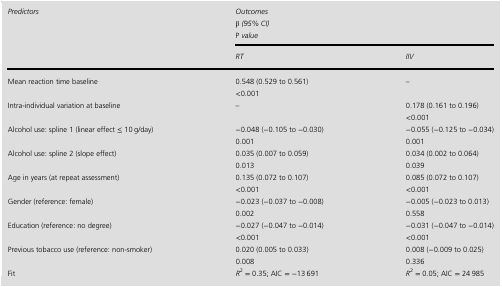
<table><thead><tr><td rowspan="2"><b>Predictors</b></td><td colspan="2"><b>Outcomes <i>β</i> (95% CI) <i>P</i> value</b></td></tr><tr><td><b>RT</b></td><td><b>IIV</b></td></tr></thead><tbody><tr><td>Mean reaction time baseline</td><td>0.548 (0.529 to 0.561) &lt;0.001</td><td>–</td></tr><tr><td>Intra-individual variation at baseline</td><td>–</td><td>0.178 (0.161 to 0.196) &lt;0.001</td></tr><tr><td>Alcohol use: spline 1 (linear effect ≤ 10 g/day)</td><td>−0.048 (−0.105 to −0.030) 0.001</td><td>−0.055 (−0.125 to −0.034) 0.001</td></tr><tr><td>Alcohol use: spline 2 (slope effect)</td><td>0.035 (0.007 to 0.059) 0.013</td><td>0.034 (0.002 to 0.064) 0.039</td></tr><tr><td>Age in years (at repeat assessment)</td><td>0.135 (0.072 to 0.107) &lt;0.001</td><td>0.085 (0.072 to 0.107) &lt;0.001</td></tr><tr><td>Gender (reference: female)</td><td>−0.023 (−0.037 to −0.008) 0.002</td><td>−0.005 (−0.023 to 0.013) 0.558</td></tr><tr><td>Education (reference: no degree)</td><td>−0.027 (−0.047 to −0.014) &lt;0.001</td><td>−0.031 (−0.047 to −0.014) &lt;0.001</td></tr><tr><td>Previous tobacco use (reference: non-smoker)</td><td>0.020 (0.005 to 0.033) 0.008</td><td>0.008 (−0.009 to 0.025) 0.336</td></tr><tr><td>Fit</td><td><i>R</i><sup>2</sup> = 0.35; AIC = −13 691</td><td><i>R</i><sup>2</sup> = 0.05; AIC = 24 985</td></tr></tbody></table>